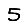
Digit: 5